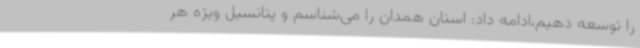
را توسعه دهیم،ادامه داد: استان همدان را می‌شناسم و پتانسیل ویژه هر